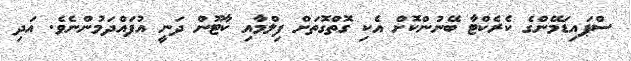
ސްޕައިޑަމޭންގެ ކެރެކްޓާ ބޭނުންކޮށް އެކި ގޮތްގޮތަށް ފިލްމާއި ކާޓޫން ދަނީ އުފައްދަމުންނެވެ. އަދި